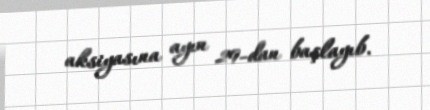
aksiyasına ayın 29-dan başlayıb.